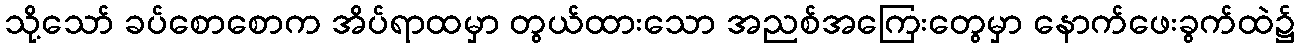
သို့သော် ခပ်စောစောက အိပ်ရာထမှာ တွယ်ထားသော အညစ်အကြေးတွေမှာ နောက်ဖေးခွက်ထဲ၌